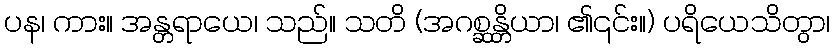
ပန၊ ကား။ အန္တရာယေ၊ သည်။ သတိ (အဂစ္ဆန္တိယာ၊ ၏၎င်း။) ပရိယေသိတွာ၊